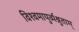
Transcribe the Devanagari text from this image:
विश्वमायुर्व्यश्नुताम्‌